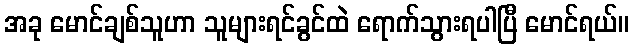
အခု မောင်ချစ်သူဟာ သူများရင်ခွင်ထဲ ရောက်သွားရပါပြီ မောင်ရယ်။